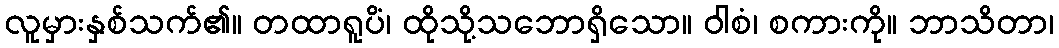
လူမှားနှစ်သက်၏။ တထာရူပိံ၊ ထိုသို့သဘောရှိသော။ ဝါစံ၊ စကားကို။ ဘာသိတာ၊